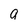
Character: g